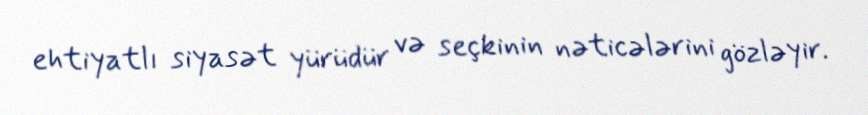
ehtiyatlı siyasət yürüdür və seçkinin nəticələrini gözləyir.